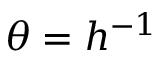
\theta = h ^ { - 1 }